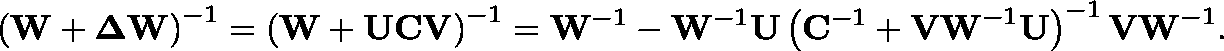
\mathbf { \left( W + \Delta W \right) } ^ { - 1 } = \mathbf { \left( W + U C V \right) } ^ { - 1 } = \mathbf { W } ^ { - 1 } - \mathbf { W } ^ { - 1 } \mathbf { U } \left( \mathbf { C } ^ { - 1 } + \mathbf { V W } ^ { - 1 } \mathbf { U } \right) ^ { - 1 } \mathbf { V W } ^ { - 1 } .